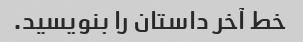
خط آخر داستان را بنویسید.